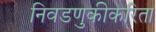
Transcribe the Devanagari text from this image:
निवडणुकीकरिता